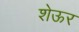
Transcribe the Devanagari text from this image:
शेऊर